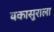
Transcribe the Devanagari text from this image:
बकासुराला